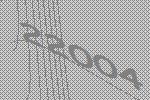
22004